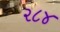
૨૮૪